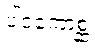
ပါဒကောစ္ဆံ